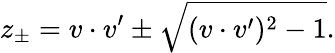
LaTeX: z_{\pm}=v\cdot v^{\prime}\pm\sqrt{(v\cdot v^{\prime})^{2}-1}.